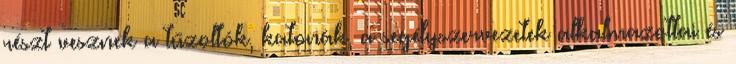
részt vesznek a tűzoltók, katonák, a segélyszervezetek alkalmazottai és